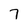
Character: 7